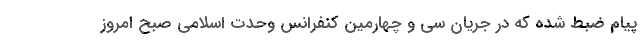
پیام ضبط شده که در جریان سی و چهارمین کنفرانس وحدت اسلامی صبح امروز